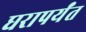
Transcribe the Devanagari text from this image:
घरापर्यंत